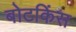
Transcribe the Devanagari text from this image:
बोटकिंस